Annual administration report of the Civil Veterinary Department of India - 1899-1900
Year: 1899
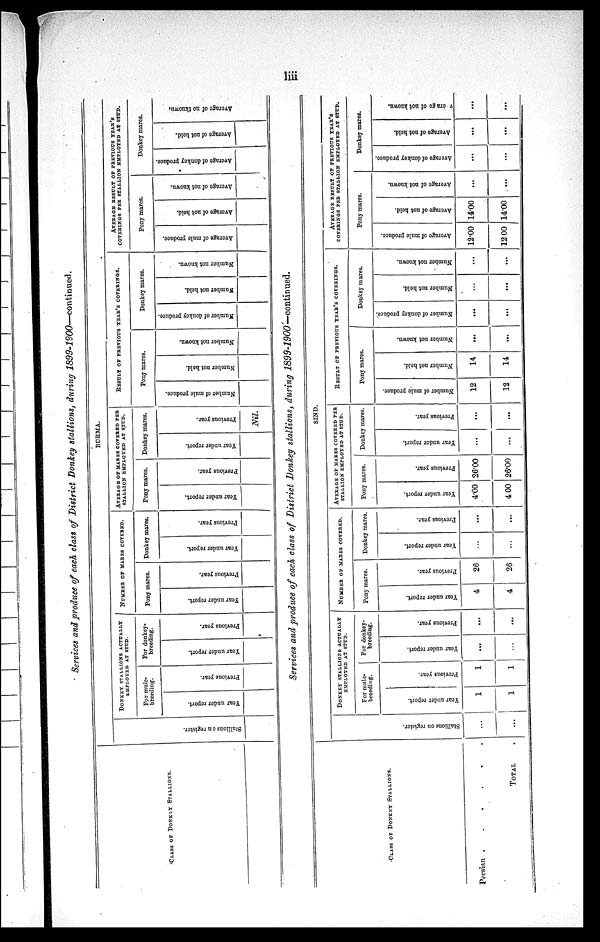
liii
Services and produce of each class of District Donkey stallions, during 1899-1900—continued.
CLASS OF DONKEY STALLIONS.
BURMA.
St al l
i
ons on register.
DONKEY STALLIONS ACTUALLY
EMPLOYED AT STUD.
For mule-
breeding.
Year under report.
Previous year.
For donkey-
breeding.
Year under report.
Previous year.
NUMBER OF MARES COVERED.
Pony mares.
Year under report.
Previous year.
Donkey mares.
Year under report.
Previous year.
AVERAGE OF MARES COVERED PER
STALLION EMPLOYED AT STUD.
Pony mares.
Year under report.
Previous year.
Donkey mares.
Year under report.
Previous year.
Nil.
RESULT OF PREVIOUS YEAR'S COVERINGS.
Pony mares.
Number of mule produce.
Number not held.
Number not known.
Donkey mares.
Number
of donkey produce
Number
not held.
Number not known.
AVERAGE RESULT OF PREVIOUS YEAR'S
COVERINGS PER STALLION EMPLOYED AT STUD.
Pony mares.
Average
of mule produce.
Average of not held.
Average
of not known.
Donkey mares.
Average
of donkey produce
Average
of not held.
Average of no tknown.
Services and produce of each class of District Donkey stallions, during 1899-1900—continued.
CLASS OF DONKEY STALLIONS.
Persian . .
.
.
.
.
TOTAL .
SIND.
St al l
i
ons on register.
...
...
DONKEY STALLIONS ACTUALLY
EMPLOYED AT STUD.
For mule-
breeding.
Year under report.
1
1
Previous year.
1
1
For donkey-
breeding.
Year under report.
...
...
Previous year.
...
...
NUMBER OF MARES COVERED.
Pony marcs.
Year under report.
4
4
Previous year.
26
26
Donkey mares.
Year under report.
...
...
Previous year.
...
...
AVERAGE OF MARES COVERED PER
STALLION EMPLOYED AT STUD.
Pony mares.
Year under report.
4.00
4.00
Previous year.
26.00
26.00
Donkey mares.
Year under report.
...
...
Previous year.
...
...
RESULT OF PREVIOUS YEAR'S COVERINGS.
Pony mares.
Number of mule produce.
12
12
Number not held.
14
14
Number not known.
...
...
Donkey mares.
Number of donkey produce.
...
...
Number not held.
...
...
Number
not known.
...
...
AVERAGE RESULT OF PREVIOUS YEAR'S
COVERINGS PER STALLION EMPLOYED AT STUD.
Pony mares.
Average
of mule produce.
12.00
12.00
Average
of not held.
14.00
14.00
Average of not known.
...
...
Donkey mares.
Average of donkey produce
...
...
Average
of not hold.
...
...
v era ge of not known.
...
...